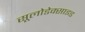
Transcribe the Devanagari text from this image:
सूलोडेक्साइड